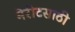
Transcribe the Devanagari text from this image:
मेरीटसाठी